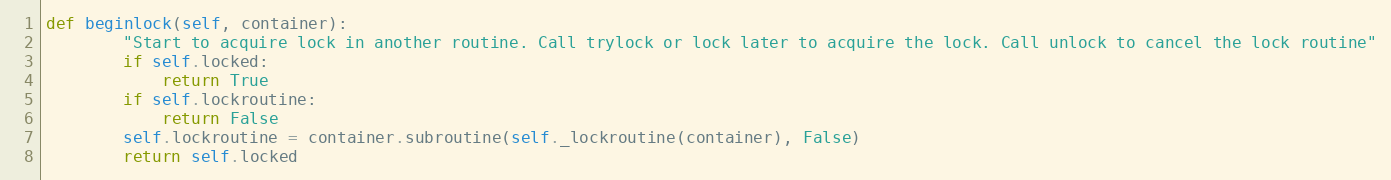
Language: Python
def beginlock(self, container):
        "Start to acquire lock in another routine. Call trylock or lock later to acquire the lock. Call unlock to cancel the lock routine"
        if self.locked:
            return True
        if self.lockroutine:
            return False
        self.lockroutine = container.subroutine(self._lockroutine(container), False)
        return self.locked